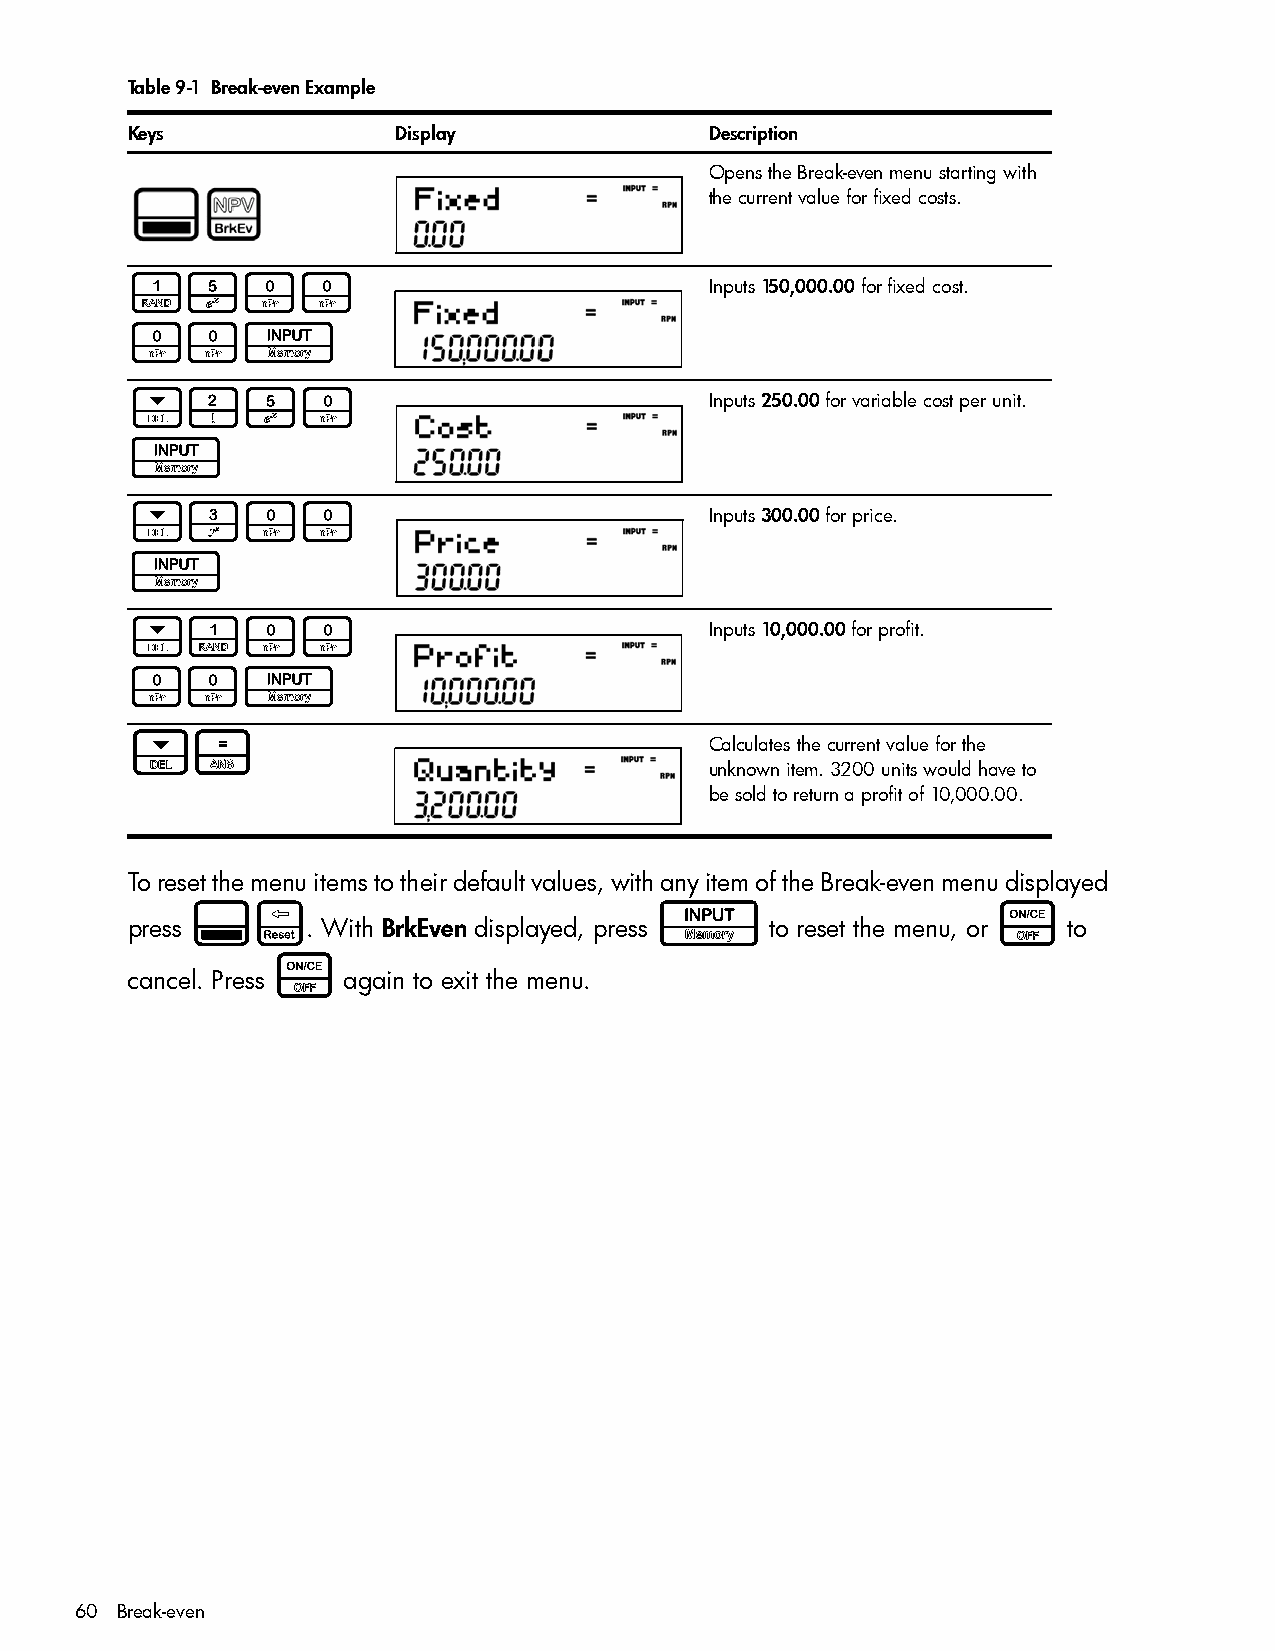
Table 9-1 Break-even Example
 Keys              Display              Description
 Opens the Break-even menu starting with
 the current value for fixed costs.
 1500                                   Inputs 150,000.00 for fixed cost.
 00I
 <250                                   Inputs 250.00 for variable cost per unit.
 I
 <300                                   Inputs 300.00 for price.
 I
 <100                                   Inputs 10,000.00 for profit.
 00I
 <=                                     Calculates the current value for the
 unknown item. 3200 units would have to
 be sold to return a profit of 10,000.00.
 To reset the menu items to their default values, with any item of the Break-even menu displayed
 :x                            I                      O
 press       . With BrkEven displayed, press to reset the menu, or to
 O
 cancel. Press  again to exit the menu.
 60 Break-even